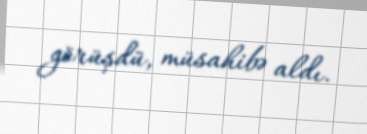
görüşdü, müsahibə aldı.